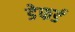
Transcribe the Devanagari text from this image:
डेफर्ड